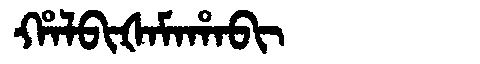
Manchu: ᡥᠠᠯᠪᡳᡧᠠᠮᠠᡥᠠᠪᡳ
Romanization: HALBIŠAMAHABI